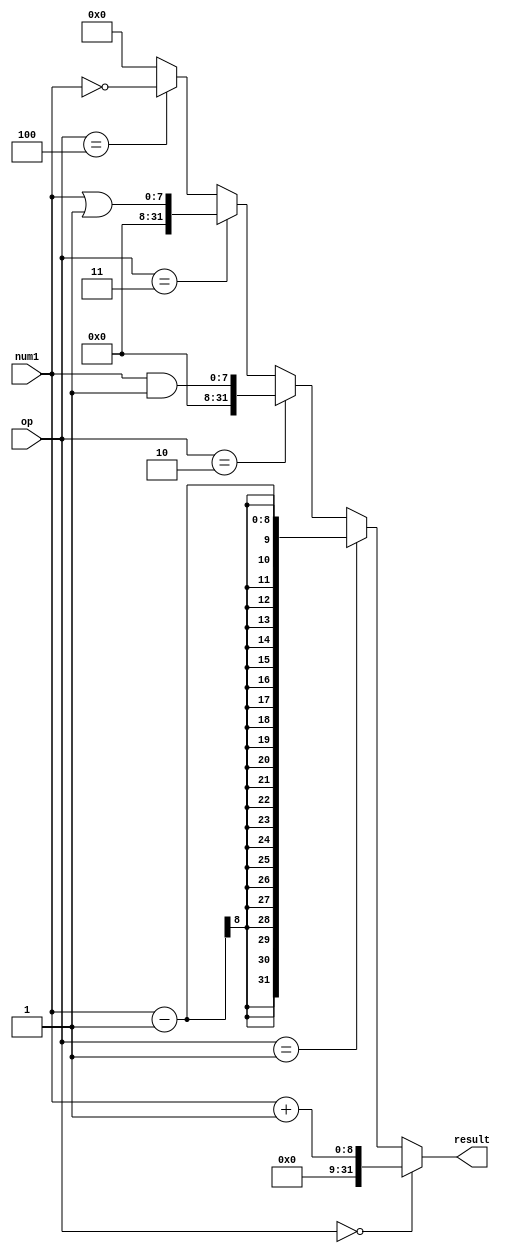
`timescale 1ns / 1ps
//////////////////////////////////////////////////////////////////////////////////
// Company: 
// Engineer: 
// 
// Design Name: 
// Module Name: calculate
// Project Name: 
// Target Devices: 
// Tool Versions: 
// Description: 
// 
// Dependencies: 
// 
// Revision:
// Revision 0.01 - File Created
// Additional Comments:
// 
//////////////////////////////////////////////////////////////////////////////////


module calculate(
    input wire [7:0] num1,
    input wire [2:0] op,
    output [31:0] result
    );
    wire [31:0] num2;
    wire [31:0] Sign_extend;
    
    assign num2 = 32'h00000001;
    assign Sign_extend={{24{1'b0}},num1[7:0]};
    assign result = (op == 3'b000)? Sign_extend + num2:
                    (op == 3'b001)? Sign_extend - num2:
                    (op == 3'b010)? Sign_extend & num2:
                    (op == 3'b011)? Sign_extend | num2:
                    (op == 3'b100)? ~Sign_extend: 32'h00000000;
endmodule